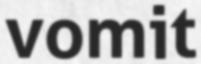
vomit